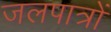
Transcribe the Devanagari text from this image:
जलपात्रों